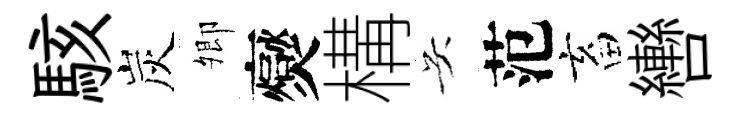
駭炭𡖖爕構吴范畜轡